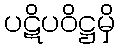
ပဋိပဝိဋ္ဌမှိ